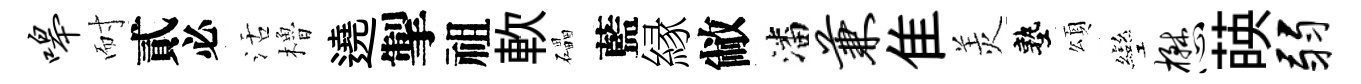
嗥耐貳必活櫓遶掣祖軟礧藍縁敝潘兼隹羙塾頌彎懋𦴤弱